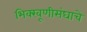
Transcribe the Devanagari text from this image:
भिक्खूणीसंघाचे